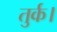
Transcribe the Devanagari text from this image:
तुर्क।